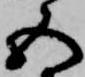
五